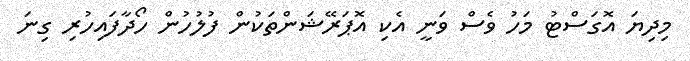
މިދިޔަ އޮގަސްޓު މަހު ވެސް ވަނީ އެކި އޮޕަރޭޝަންތަކުން ފުލުހުން ހޯދާފައިހުރި ގިނަ